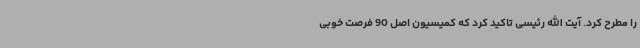
را مطرح کرد. آیت الله رئیسی تاکید کرد که کمیسیون اصل 90 فرصت خوبی